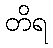
တိရ